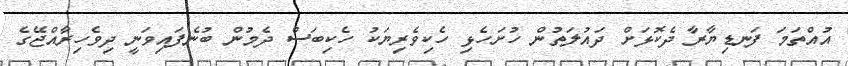
އުއްތަމަ ފަނޑިޔާރާ ދެކޮޅަށް ދައުލަތުން ހުށަހެޅި ހެކިވެރިޔަކު ހެކިބަސް ދެމުން ބުނެފައިވަނީ ދިވެހިރާއްޖޭގެ